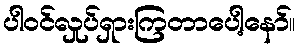
ပါဝင်လှုပ်ရှားကြတာပေါ့နော်။